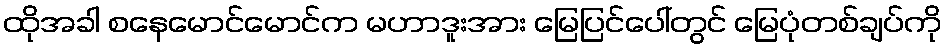
ထိုအခါ စနေမောင်မောင်က မဟာဒူးအား မြေပြင်ပေါ်တွင် မြေပုံတစ်ချပ်ကို